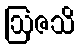
ဩဇသိ